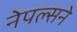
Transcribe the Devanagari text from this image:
नेपल्सने